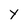
Character: y